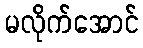
မလိုက်အောင်